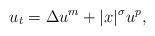
LaTeX: \begin{align*}u_t=\Delta u^m+|x|^{\sigma}u^p,\end{align*}